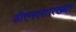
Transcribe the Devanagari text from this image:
डीएनएसारख्या